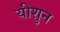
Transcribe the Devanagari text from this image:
यीशुन